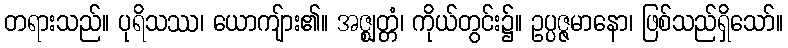
တရားသည်။ ပုရိသဿ၊ ယောကျ်ား၏။ အဇ္ဈတ္တံ၊ ကိုယ်တွင်း၌။ ဥပ္ပဇ္ဇမာနော၊ ဖြစ်သည်ရှိသော်။